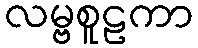
လမ္ဗစူဠကာ